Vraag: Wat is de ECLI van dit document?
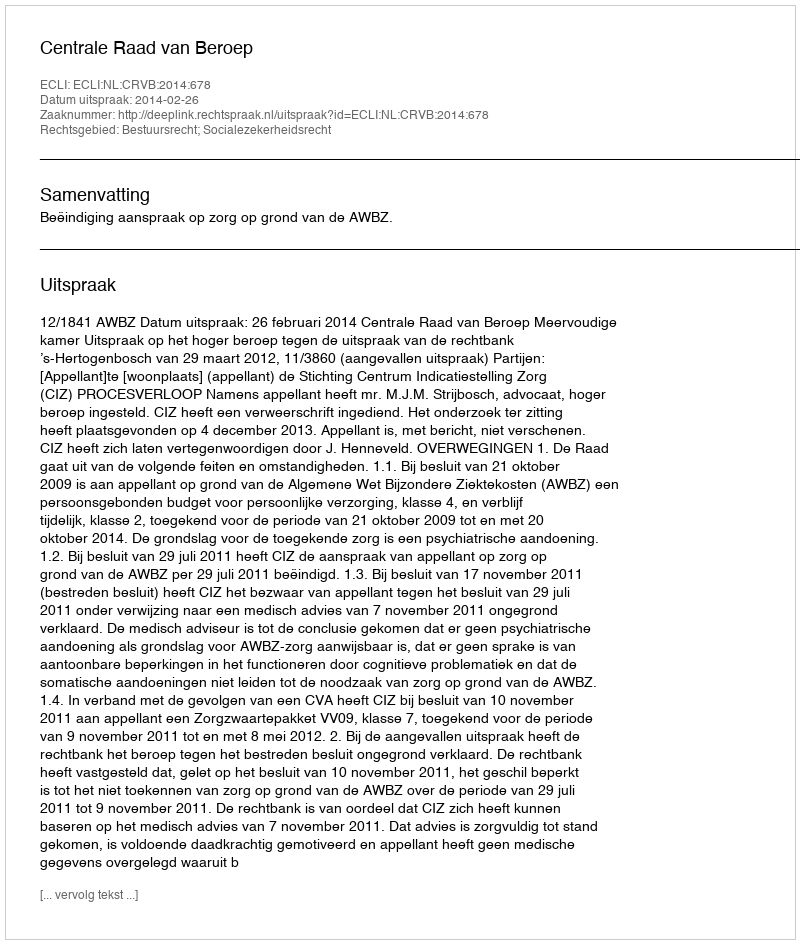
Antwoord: ECLI:NL:CRVB:2014:678